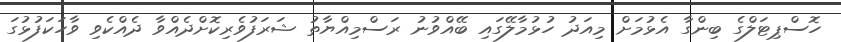
ހޮސްޕިޓަލްގެ ބިންގާ އެޅުމަށް މިއަދު ހުޅުމާލޭގައި ބޭއްވުނު ރަސްމިއްޔާތު ޝަރަފުވެރިކޮށްދެއްވާ ދެއްކެވި ވާހަކަފުޅުގަ